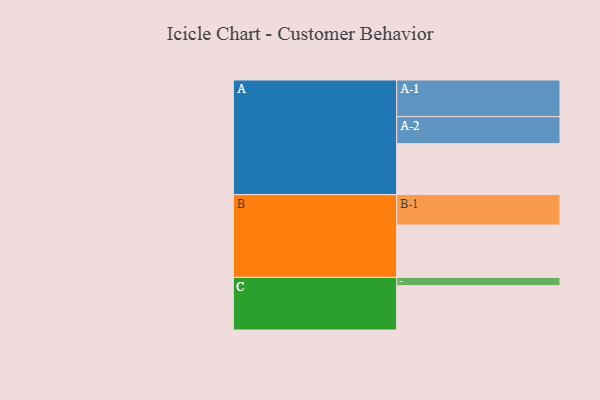
{"axis": {"x": "Segment", "y": "Value"}, "legend": ["", "A", "B", "C"], "data": [{"x": "A", "y": 350, "type": ""}, {"x": "B", "y": 360, "type": ""}, {"x": "C", "y": 305, "type": ""}, {"x": "A-1", "y": 252, "type": "A"}, {"x": "A-2", "y": 186, "type": "A"}, {"x": "B-1", "y": 210, "type": "B"}, {"x": "C-1", "y": 57, "type": "C"}]}